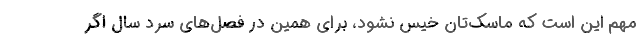
مهم این است که ماسک‌تان خیس نشود، برای همین در فصل‌های سرد سال اگر